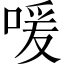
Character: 喛